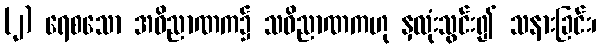
(၂) ရေစသော အဝိညာဏက၌ သဝိညာဏကဟု နှလုံးသွင်း၍ သနားခြင်း၊